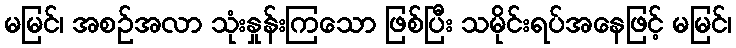
မမြင်၊ အစဉ်အလာ သုံးနှုန်းကြသော ဖြစ်ပြီး သမိုင်းရပ်အနေဖြင့် မမြင်၊